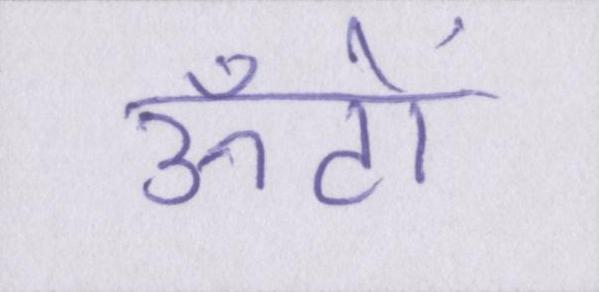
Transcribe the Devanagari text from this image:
ऊँटों